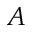
A